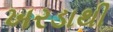
ખરડાથી